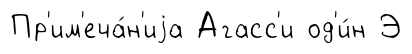
Пр'им'еча́н'иjа Агасс'и од'и́н Э